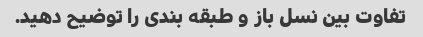
تفاوت بین نسل باز و طبقه بندی را توضیح دهید.